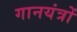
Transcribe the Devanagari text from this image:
गानयंत्रों